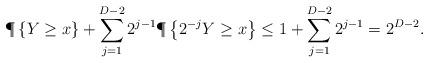
LaTeX: \begin{align*} \P\left\{ Y \geq x \right\} + \sum_{j=1}^{D-2} 2^{j-1}\P\left\{ 2^{-j} Y \geq x\right\} &\leq 1 + \sum_{j=1}^{D-2} 2^{j-1} = 2^{D-2}.\end{align*}